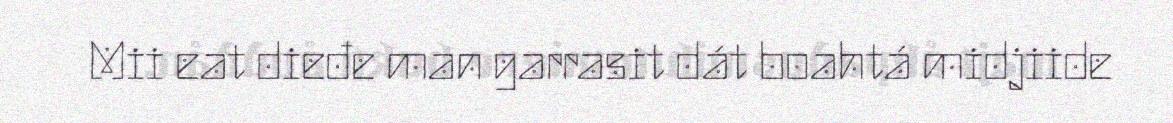
Mii eat dieđe man garrasit dát boahtá midjiide